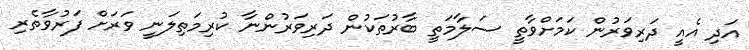
އަދި އެއީ ދަރިވަރުން ކަމަށްވާތީ ސަލާމަތީ ބާރުތަކުން ދަރިވަރުންނާ ކުރިމަތިލަނީ ވަރަށް ފަރުވާތެރި